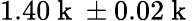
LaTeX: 1.40\mathrm{~k~}\pm 0.02\mathrm{~k~}